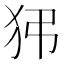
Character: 𤝠